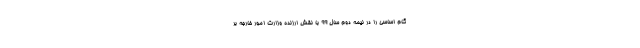
گام اساسی را در نیمه دوم سال ۹۹ با نقش ارزنده وزارت امور خارجه بر